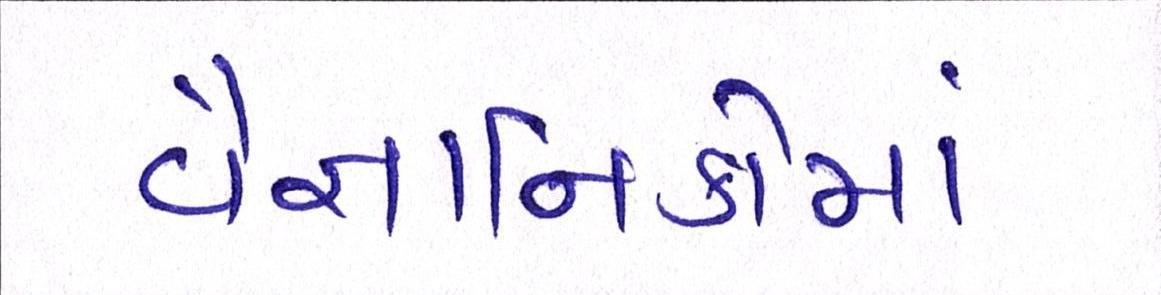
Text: વૈજ્ઞાાનિકોમાં